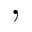
,